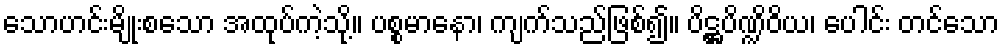
သောဟင်းမျိုးစသော အထုပ်ကဲ့သို့။ ပစ္စမာနော၊ ကျက်သည်ဖြစ်၍။ ပိဋ္ဌပိဏ္ဍိဝိယ၊ ပေါင်း တင်သော